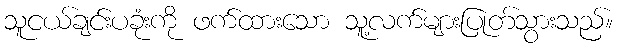
သူငယ်ချင်းပခုံးကို ဖက်ထားသော သူ့လက်များပြုတ်သွားသည်။